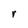
Character: r